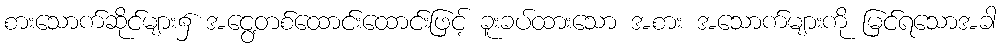
စားသောက်ဆိုင်များ၌ အငွေ့တစ်ထောင်းထောင်းဖြင့် ခူးခပ်ထားသော အစား အသောက်များကို မြင်ရသောအခါ